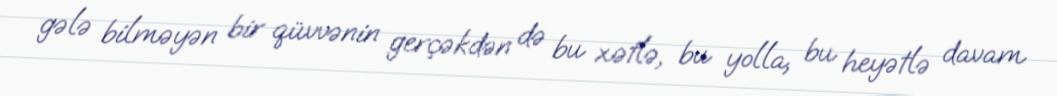
gələ bilməyən bir qüvvənin gerçəkdən də bu xətlə, bu yolla, bu heyətlə davam